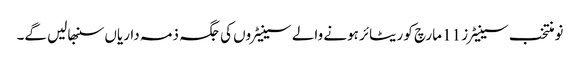
نومنتخب سینیٹرز 11 مارچ کو ریٹائر ہونے والے سینیٹروں کی جگہ ذمہ داریاں سنبھالیں گے۔